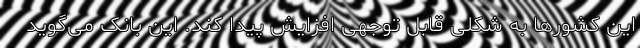
این کشورها به شکلی قابل توجهی افزایش پیدا کند. این بانک می‌‌گوید